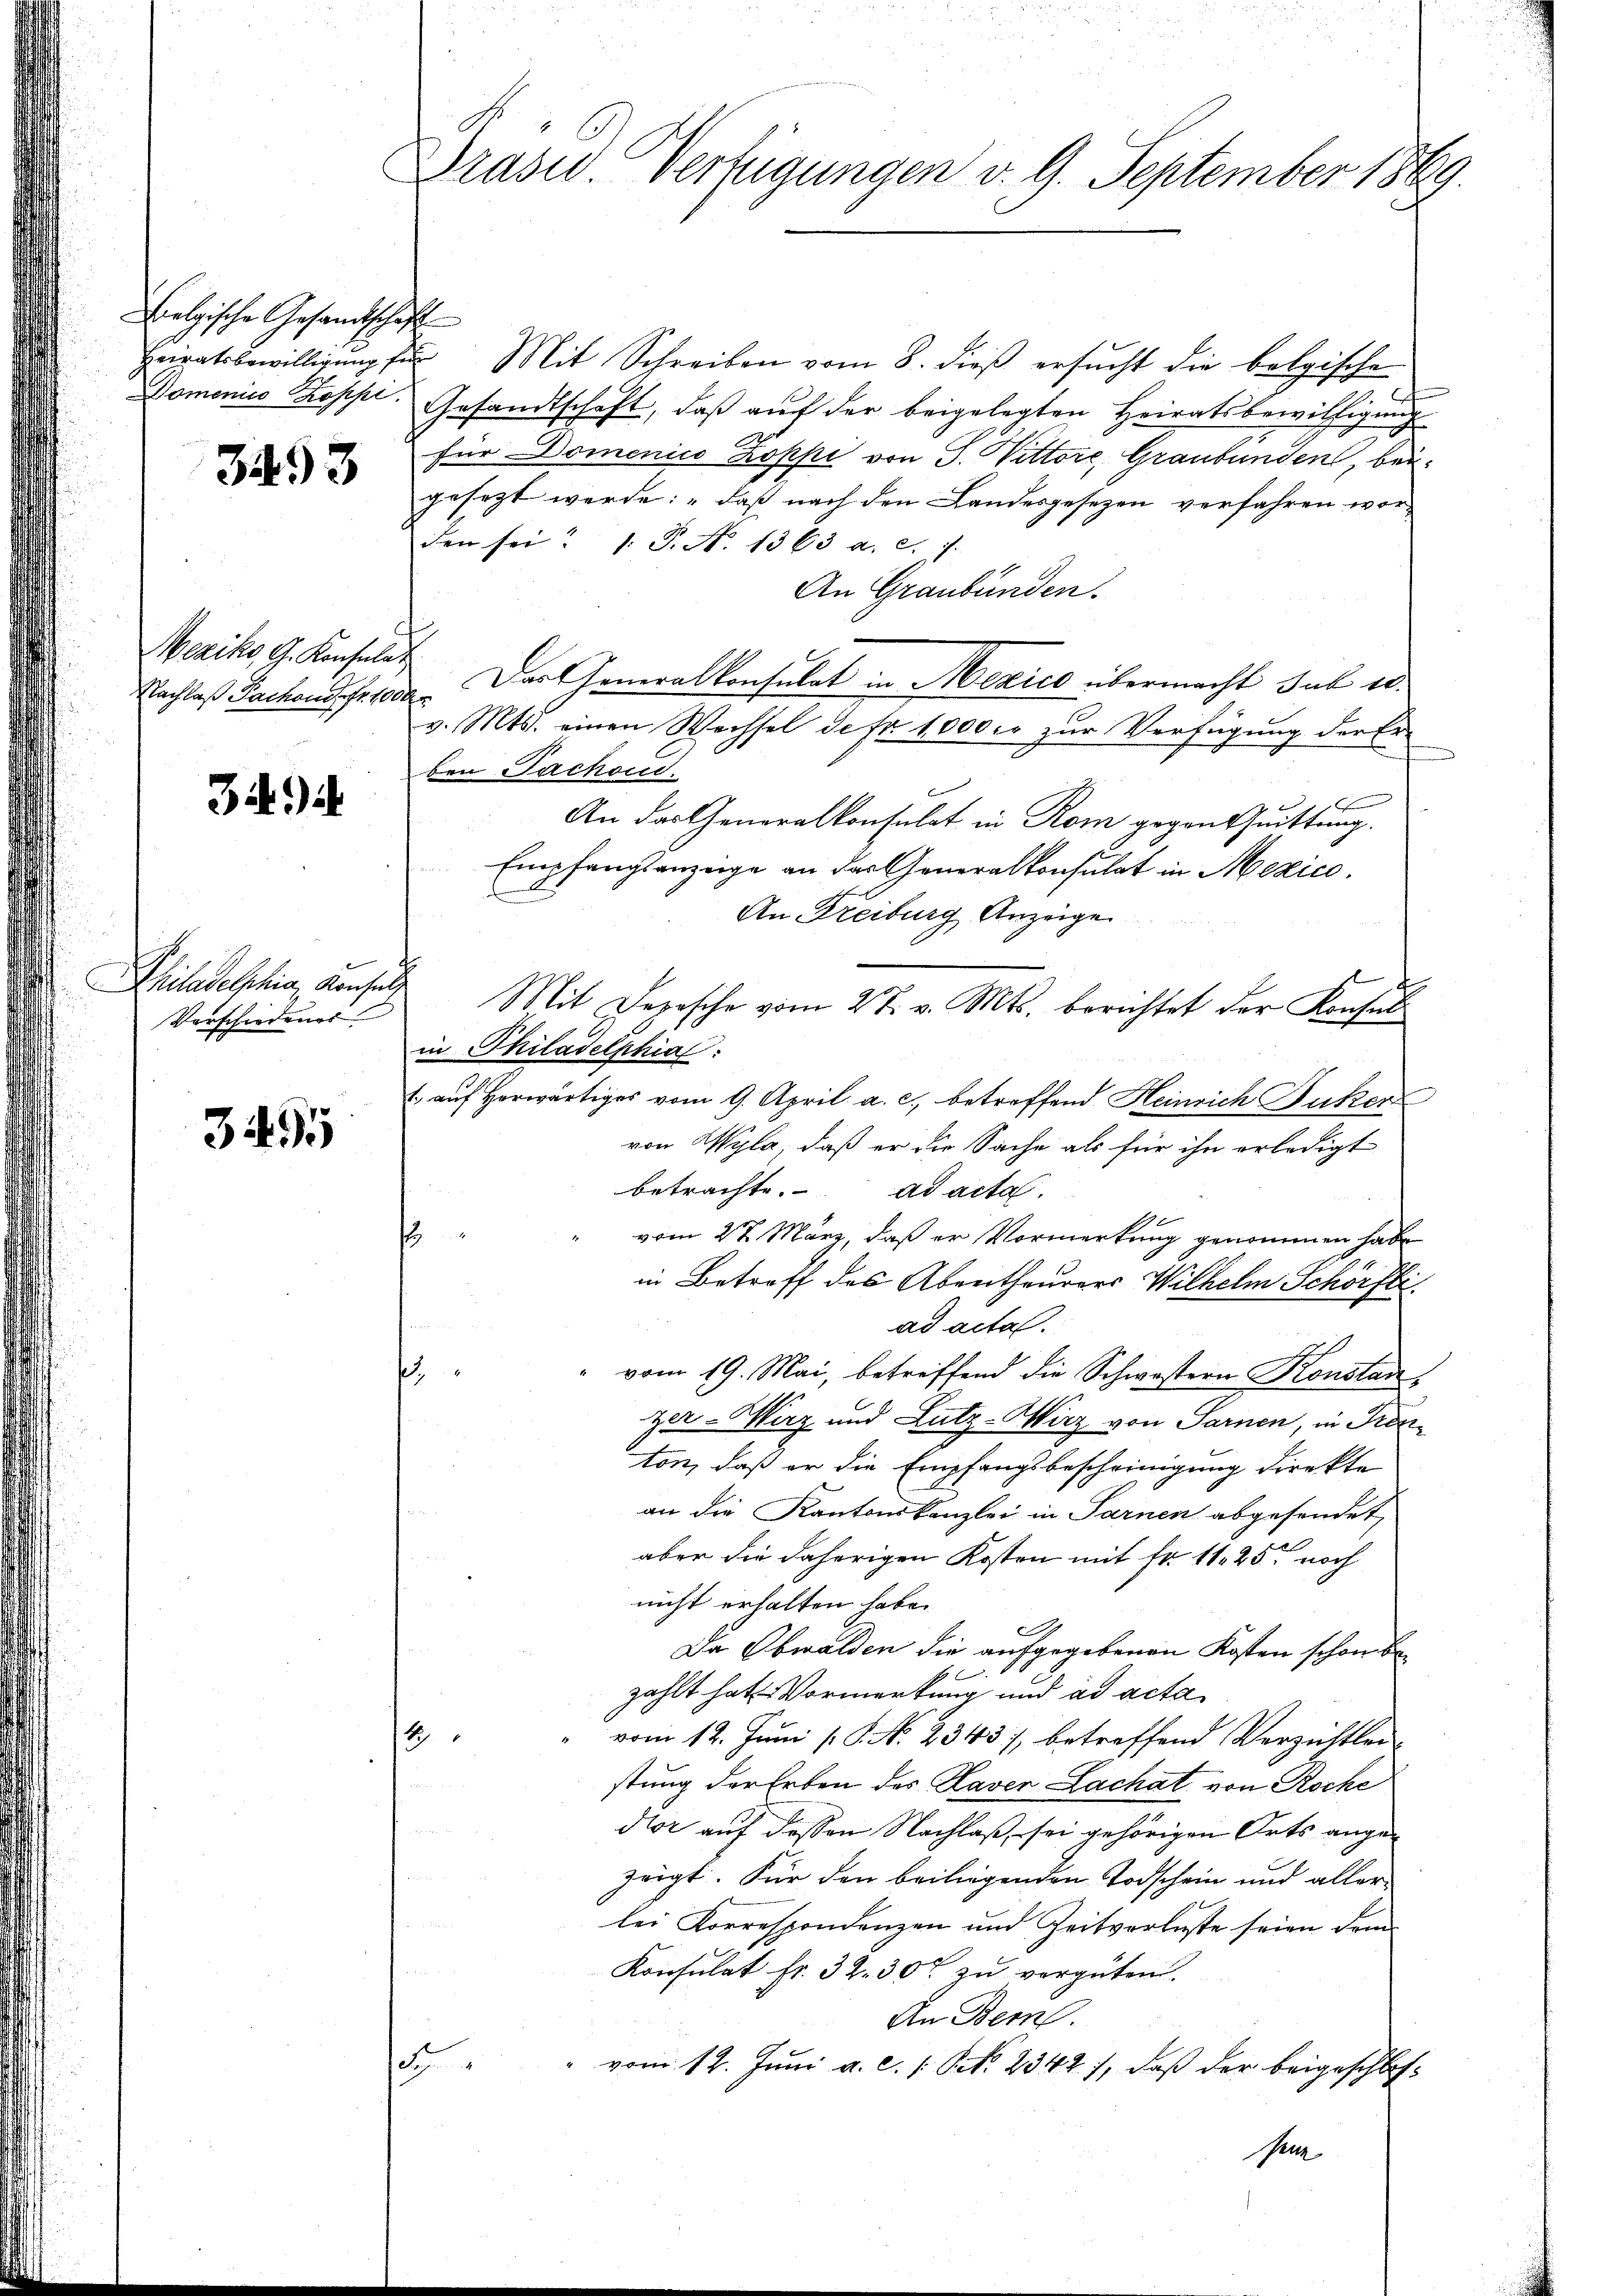
Lolgische Gesandtschaft

3493

Meziko, G. Konsulat
Nachlaß Pachend fr. 1000 r

39)

hiladelphia Konsuls
Verschiedungs

3495

Prasio Verfügungen v. 9. September 1869.

Heiratsbewilligŭng für Mit Schreiben vom 8. dieβ ersŭcht die belgische
2
Domenico Kopft. Gesandtschaft, daβ aŭf der beigelegten Heiratsbewilligŭng
für Domenico Koppi von S. Vittore, Graubünden, beigesezt werde: „daß nach den Landesgesezen verfahren wor-
den sei. (: P. N. 1363 a. c. 7.
An Graubünden.
Der Generalkonsulat in Mexico übermacht sub is
v. Mts. einen Wechsel de fr. 1000 er zur Verfügung der Erben Sachsid.
x
An das Generalkonsulat in Rom gegentuittung.
Empfangsanzeige an der Generalkonsulat in Mexico.
.
An Freiburg Anzeige
.
Mit Depesche vom 27. v. Mts. berichtet der Konsul
in Philadelphiae
E. auf herwärtiges vom 9. April a. c., betreffend Heinrich Buker
von Wyla, daß er die Sache als für ihn erledigt
betrachte. ad acta
vom 27. März, daß er Vormerkung genommen habe
¬
in Betreff des Abentheurers Wilhelm Schörfti
ad acta.
1
" vom 19. Mai, betreffend die Schwestern Konstan
zer-Merz und Lutz-Wirz von Sarnen, in Trenton, daß er die Empfangsbescheinigung direkte
an die Kantonskanzlei in Sarnen abgesendet,
aber die daherigen Kosten mit Fr. 1125 noch
nicht erhalten habe.
9
Da Obwalden die aufgegebenen Kosten schon bezahlt hat Vormerkung und ad acta
1
vom 12. Juni [ P. N. 2343), betreffend Verzichtlein-
stung der Erben des Haver Lachat, von Roche
dor auf dessen Nachlaß sei gehörigen Orts angezeigt. Für den beiliegenden Todschein und aller-
lei Korrespondenzen und Zeitverluste seien dem
Konsulat fr. 32. 30t zu vergüten.
An Bern.
¬
" vom 12. Juni a. c. s. S. 2342), daß der beigeschlos¬
Men